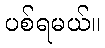
ပစ်ရမယ်။